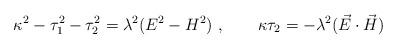
LaTeX: \begin{align*}\kappa ^2-\tau _1^2-\tau _2^2 = \lambda^2(E^2-H^2)~,\qquad\kappa \tau _2 = -\lambda ^2(\vec{E}\cdot \vec{H})\end{align*}